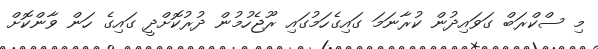
މި ސްކްރަބް ގަވައިދުން ކުރާނަމަ ގައިގެހަމުގައި ރޫޖެހުމުން ދުރުކޮށްދީ ގައިގެ ހަން ވާންކޮށް